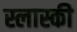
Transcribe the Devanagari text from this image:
स्लास्की